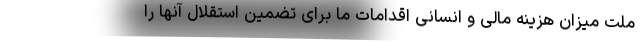
ملت میزان هزینه مالی و انسانی اقدامات ما برای تضمین استقلال آنها را